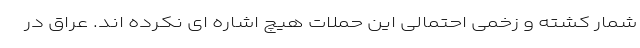
شمار کشته و زخمی احتمالی این حملات هیچ اشاره ای نکرده اند. عراق در